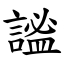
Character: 謐